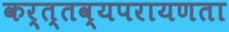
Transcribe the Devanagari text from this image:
कर्त्तव्यपरायणता